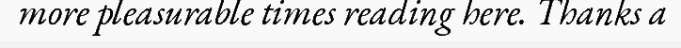
more pleasurable times reading here. Thanks a